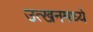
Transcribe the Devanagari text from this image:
उत्खनमध्ये